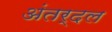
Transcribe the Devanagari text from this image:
अंतर्दल